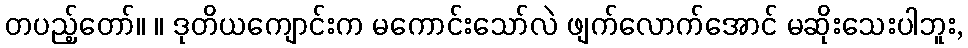
တပည့်တော်။ ။ ဒုတိယကျောင်းက မကောင်းသော်လဲ ဖျက်လောက်အောင် မဆိုးသေးပါဘူး,